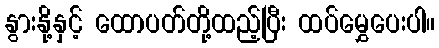
နွားနို့နှင့် ထောပတ်တို့ထည့်ပြီး ထပ်မွှေပေးပါ။